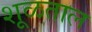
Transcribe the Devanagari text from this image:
शूळताल